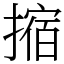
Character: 摍